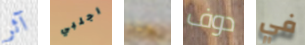
آثر اجلبي هنا دوف في